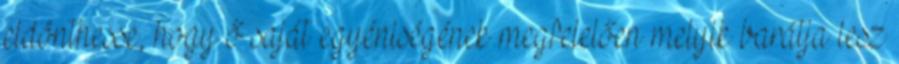
eldönthesse, hogy ő saját egyéniségének megfelelően melyik barátja lesz